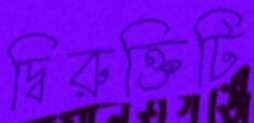
দ্বিরুক্তিটি